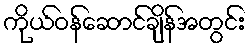
ကိုယ်ဝန်ဆောင်ချိန်အတွင်း